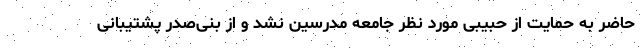
حاضر به حمایت از حبیبی مورد نظر جامعه مدرسین نشد و از بنی‌صدر پشتیبانی